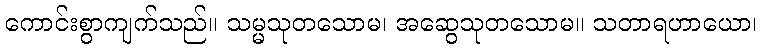
ကောင်းစွာကျက်သည်။ သမ္မသုတသောမ၊ အဆွေသုတသောမ။ သတာရဟာယော၊